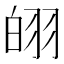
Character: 䎅